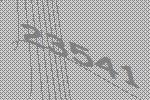
23541